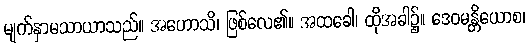
မျက်နှာမသာယာသည်။ အဟောသိ၊ ဖြစ်လေ၏။ အထခေါ၊ ထိုအခါ၌။ ဒေဝမန္တိယောစ၊